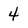
Character: 4